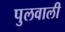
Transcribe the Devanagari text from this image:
पुलवाली